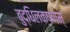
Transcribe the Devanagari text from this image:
बुद्धिलक्षणम्‌